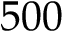
5 0 0